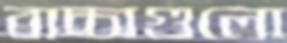
বাচ্চাগুলো